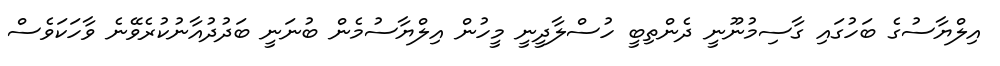
އިލްޔާސުގެ ބަހުގައި ގާސިމުނޫނީ ދެންތިބީ ހުސްލާދީނީ މީހުން އިލްޔާސުމެން ބުނަނީ ބަދުދުއާނުކުރެވޭނެ ވާހަކަވެސް